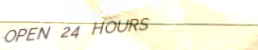
OPEN 24 HOURS